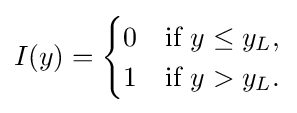
I(y)={\begin{cases}0&{\text{if }}y\leq y_{L},\\1&{\text{if }}y>y_{L}.\end{cases}}